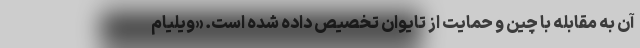
آن به مقابله با چین و حمایت از تایوان تخصیص داده شده است. «ویلیام